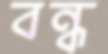
বন্ধ